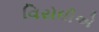
વિરોધીએ